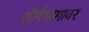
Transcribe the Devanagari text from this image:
शीर्षभागावर